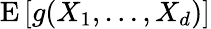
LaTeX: \operatorname{E}\left[g(X_{1},\dots,X_{d})\right]